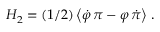
H _ { 2 } = ( 1 / 2 ) \left\langle \dot { \varphi } \, \pi - \varphi \, \dot { \pi } \right\rangle \, .